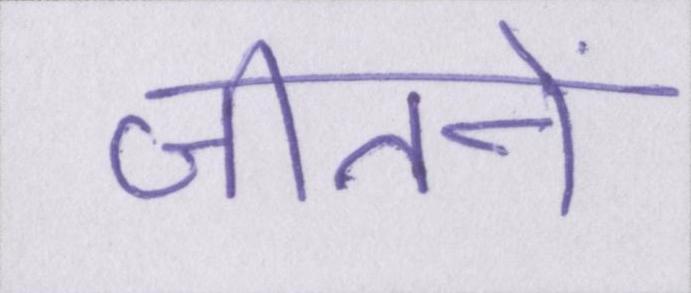
जीतनें